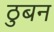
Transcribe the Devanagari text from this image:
ठुबन